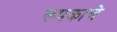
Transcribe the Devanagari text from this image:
रूपकाचे